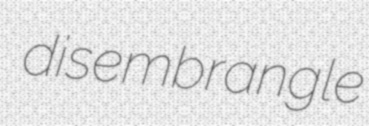
disembrangle